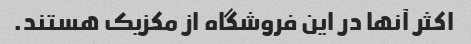
اکثر آنها در این فروشگاه از مکزیک هستند.